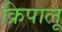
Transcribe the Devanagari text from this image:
क्रिपालू